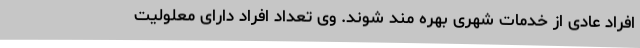
افراد عادی از خدمات شهری بهره مند شوند. وی تعداد افراد دارای معلولیت